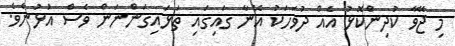
މި ޖޭވާ ކުދިންކޮޅު އެއް ދުވަހަކު އޭނާ ގައިގައި ތަޅައިގަންނަން ވެސް އުޅުނެވެ.